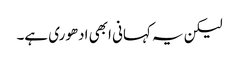
لیکن یہ کہانی ابھی ادھوری ہے۔